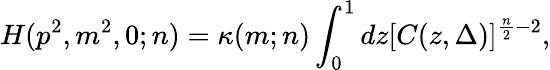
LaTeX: H(p^{2},m^{2},0;n)=\kappa(m;n)\int_{0}^{1}dz[C(z,\Delta)]^{\frac{n}{2}-2},